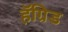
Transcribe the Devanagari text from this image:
हॅग्रिड